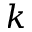
k